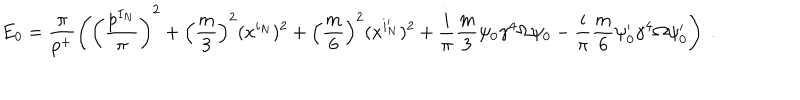
LaTeX: E _ { 0 } = \frac { \pi } { p ^ { + } } \left( \left( \frac { p ^ { I _ { N } } } { \pi } \right) ^ { 2 } + \left( \frac { m } { 3 } \right) ^ { 2 } ( x ^ { i _ { N } } ) ^ { 2 } + \left( \frac { m } { 6 } \right) ^ { 2 } ( x ^ { i _ { N } ^ { \prime } } ) ^ { 2 } + \frac { i } { \pi } \frac { m } { 3 } \psi _ { 0 } \gamma ^ { 4 } \Omega \psi _ { 0 } - \frac { i } { \pi } \frac { m } { 6 } \psi _ { 0 } ^ { \prime } \gamma ^ { 4 } \Omega \psi _ { 0 } ^ { \prime } \right) ~ .